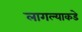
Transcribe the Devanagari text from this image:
लागल्याकडे